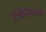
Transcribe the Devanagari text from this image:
रेल्वेमंत्र्याला